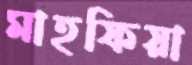
মাহফিয়া